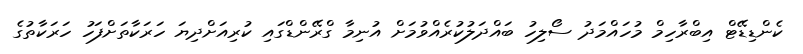
ކެންޑިޑޭޓް އިބްރާހިމް މުހައްމަދު ސޯލިހު ބައްދަލުކުރެއްވުމަށް އުނިމާ ގްރޭންޑްގައި ކުރިއަށްދިޔަ ހަރަކާތަށްފަހު ހަރަކާތުގެ